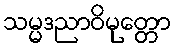
သမ္မဒညာဝိမုတ္တော